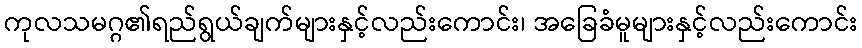
ကုလသမဂ္ဂ၏ရည်ရွယ်ချက်များနှင့်လည်းကောင်း၊ အခြေခံမူများနှင့်လည်းကောင်း